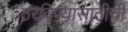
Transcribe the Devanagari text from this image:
ठरविण्यासाठीची